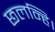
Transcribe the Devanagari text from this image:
छलन्हि।